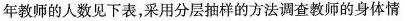
年教师的人数见下表，采用分层抽样的方法调查教师的身体情